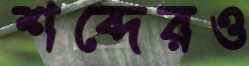
শব্দেরও